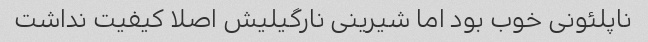
ناپلئونی خوب بود اما شیرینی نارگیلیش اصلا کیفیت نداشت